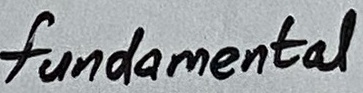
Text: fundamental